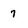
Character: 7